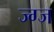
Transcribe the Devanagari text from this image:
ज्ग्ज